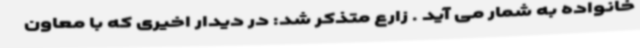
خانواده به شمار می آید . زارع متذکر شد: در دیدار اخیری که با معاون